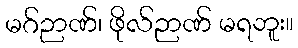
မဂ်ဉာဏ်၊ ဖိုလ်ဉာဏ် မရဘူး။